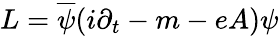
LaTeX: L=\overline{{{\psi}}}(i\partial_{t}-m-eA)\psi